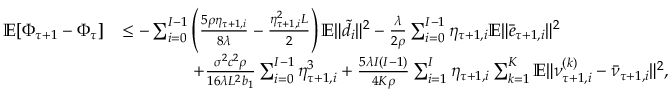
\begin{array} { r l } { \mathbb { E } [ \Phi _ { \tau + 1 } - \Phi _ { \tau } ] } & { \leq - \sum _ { i = 0 } ^ { I - 1 } \left( \frac { 5 \rho \eta _ { \tau + 1 , i } } { 8 \lambda } - \frac { \eta _ { \tau + 1 , i } ^ { 2 } L } { 2 } \right) \mathbb { E } \| \tilde { d } _ { i } \| ^ { 2 } - \frac { \lambda } { 2 \rho } \sum _ { i = 0 } ^ { I - 1 } \eta _ { \tau + 1 , i } \mathbb { E } \| \bar { e } _ { \tau + 1 , i } \| ^ { 2 } } \\ & { \qquad \qquad + \frac { \sigma ^ { 2 } c ^ { 2 } \rho } { 1 6 \lambda L ^ { 2 } b _ { 1 } } \sum _ { i = 0 } ^ { I - 1 } \eta _ { \tau + 1 , i } ^ { 3 } + { \frac { 5 \lambda I ( I - 1 ) } { 4 K \rho } } \sum _ { i = 1 } ^ { I } \eta _ { \tau + 1 , i } \sum _ { k = 1 } ^ { K } \mathbb { E } \| \nu _ { \tau + 1 , i } ^ { ( k ) } - \bar { \nu } _ { \tau + 1 , i } \| ^ { 2 } , } \end{array}